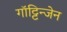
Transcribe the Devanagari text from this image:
गॉट्टिन्जेन